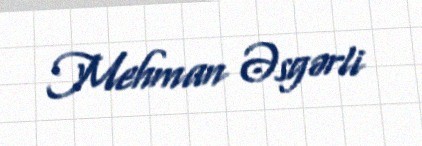
Mehman Əsgərli